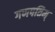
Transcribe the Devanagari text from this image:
गणपतिम्‌